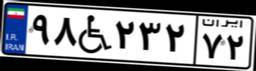
۹۸W۲۳۲۷۲